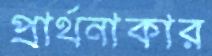
প্রার্থনাকার